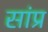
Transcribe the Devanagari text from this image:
सांप्र